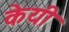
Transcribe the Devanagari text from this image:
केयी